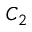
C _ { 2 }